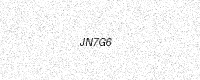
Text: JN7G6